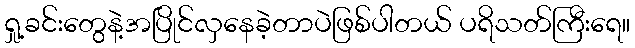
ရှု့ခင်းတွေနဲ့အပြိုင်လှနေခဲ့တာပဲဖြစ်ပါတယ် ပရိသတ်ကြီးရေ။